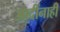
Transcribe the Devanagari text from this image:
आदींनाही